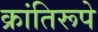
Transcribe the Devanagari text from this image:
क्रांतिरूपे